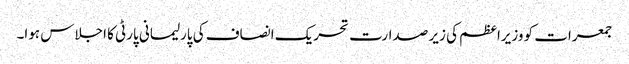
جمعرات کو وزیراعظم کی زیر صدارت تحریک انصاف کی پارلیمانی پارٹی کا اجلاس ہوا۔